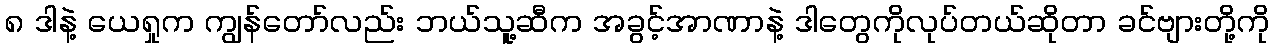
၈ ဒါနဲ့ ယေရှုက ကျွန်တော်လည်း ဘယ်သူ့ဆီက အခွင့်အာဏာနဲ့ ဒါတွေကိုလုပ်တယ်ဆိုတာ ခင်ဗျားတို့ကို